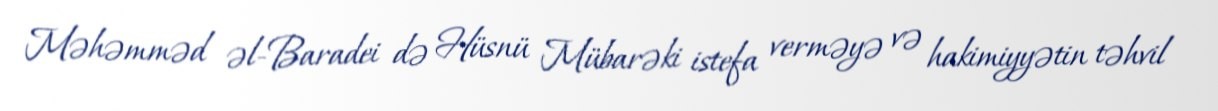
Məhəmməd əl-Baradei də Hüsnü Mübarəki istefa verməyə və hakimiyyətin təhvil